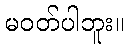
မဝတ်ပါဘူး။